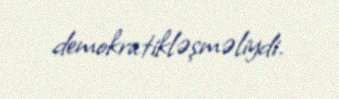
demokratikləşməliydi.